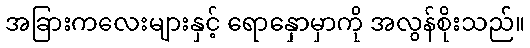
အခြားကလေးများနှင့် ရောနှောမှာကို အလွန်စိုးသည်။